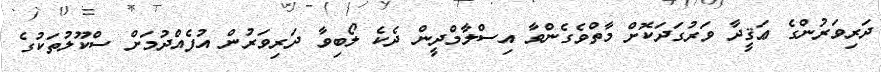
ދަރިވަރުންގެ ޢަޤީދާ ވަރުގަދަކޮށް މާތްވެގެންވާ އިސްލާމްދީން ދެކެ ލޯބިވާ ދަރިވަރުން އުފެއްދުމަށް ސްކޫލުތަކުގެ